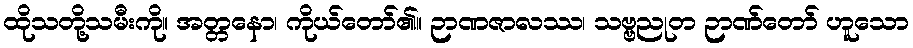
ထိုသတို့သမီးကို။ အတ္တနော၊ ကိုယ်တော်၏။ ဉာဏဇာလဿ၊ သဗ္ဗညုတ ဉာဏ်တော် ဟူသော